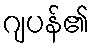
ဂျပန်၏